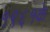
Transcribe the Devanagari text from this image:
१९६१के